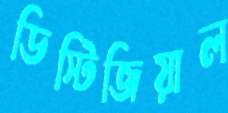
ডিস্টিজিয়াল